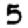
Digit: 5